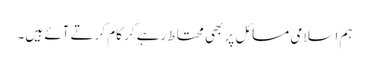
ہم اسلامی مسائل پر بھی محتاط رہے کر کام کرتے آئے ہیں۔